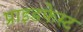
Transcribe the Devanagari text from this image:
प्राइडफेस्ट